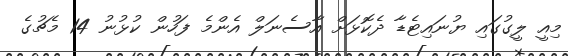
މިއީ ލީގުގައި ޔުނައިޓެޑާ ދެކޮޅަށް އާސެނަލް އެންމެ ފަހުން ކުޅުނު 14 މެޗުގެ